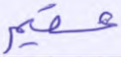
عقيم